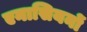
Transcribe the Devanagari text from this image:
एनासियनों